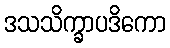
ဒသသိက္ခာပဒိကော